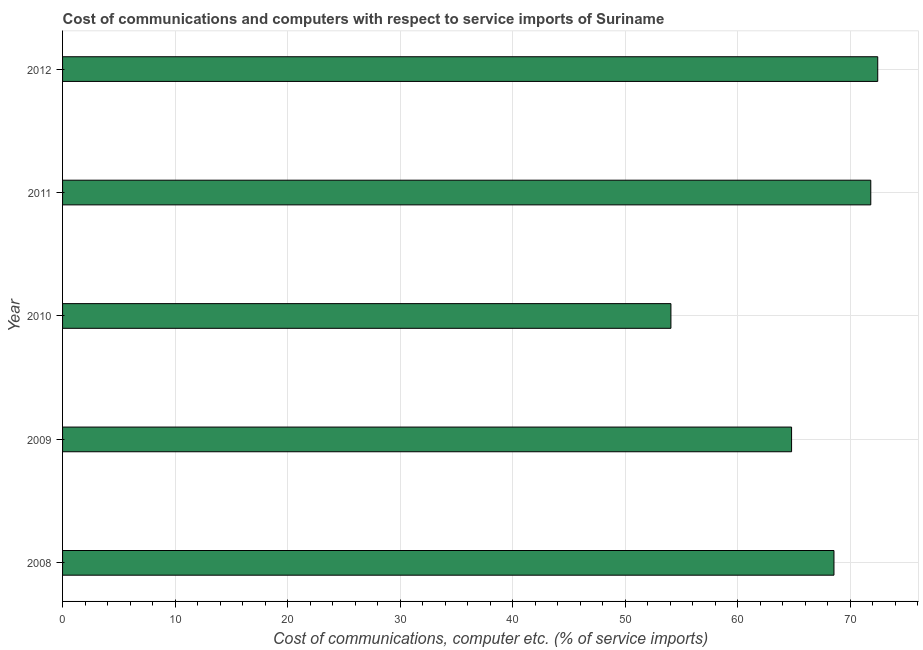
| Year | Communications |
 | --- | --- |
 | 2008 | 68.5 |
 | 2009 | 64.8 |
 | 2010 | 54.1 |
 | 2011 | 71.8 |
 | 2012 | 72.4 |